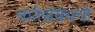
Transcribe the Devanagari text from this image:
नातेसंबंधंची